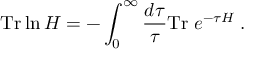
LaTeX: \mathrm { T r } \ln H = - \int _ { 0 } ^ { \infty } { \frac { d \tau } { \tau } } \mathrm { T r } \; e ^ { - \tau H } \; .